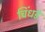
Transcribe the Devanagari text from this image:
चिंधडे